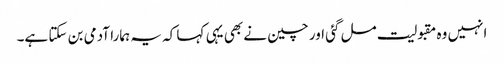
انہیں وہ مقبولیت مل گئی اور چین نے بھی یہی کہا کہ یہ ہمارا آدمی بن سکتا ہے۔